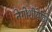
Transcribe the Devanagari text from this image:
नेगोशीयेटिंग